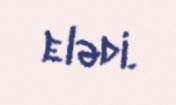
elədi.